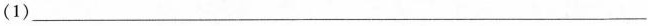
（1）___